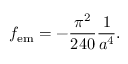
f _ { \mathrm { e m } } = - { \frac { \pi ^ { 2 } } { 2 4 0 } } { \frac { 1 } { a ^ { 4 } } } .